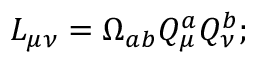
L _ { \mu \nu } = \Omega _ { a b } Q _ { \mu } ^ { a } Q _ { \nu } ^ { b } ;